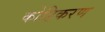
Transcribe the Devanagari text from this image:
कोडिकरण